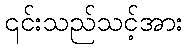
၎င်းသည်သင့်အား